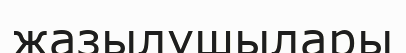
жазылушылары